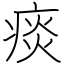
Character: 痰